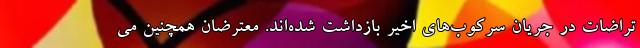
تراضات در جریان سرکوب‌های اخیر بازداشت شده‌اند. معترضان همچنین می